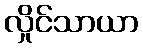
လှိုင်သာယာ